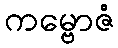
ကမ္ဗောဇံ